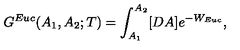
G ^ { E u c } ( A _ { 1 } , A _ { 2 } ; T ) = \int _ { A _ { 1 } } ^ { A _ { 2 } } [ D A ] e ^ { - W _ { E u c } } ,